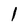
Character: 1